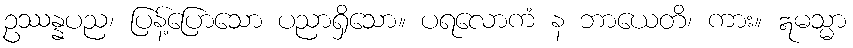
ဥဿန္နပည၊ ပြန့်ပြောသော ပညာရှိသော။ ပရလောကံ န ဘာယေတိ၊ ကား။ ဣမသ္မာ